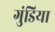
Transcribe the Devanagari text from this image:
गुंडिया